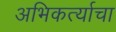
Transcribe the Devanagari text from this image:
अभिकर्त्याचा